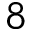
8